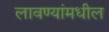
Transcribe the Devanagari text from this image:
लावण्यांमधील